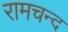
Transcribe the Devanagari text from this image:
रामचन्द